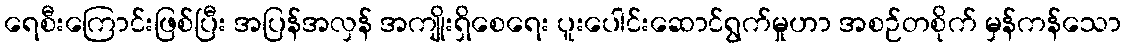
ရေစီးကြောင်းဖြစ်ပြီး အပြန်အလှန် အကျိုးရှိစေရေး ပူးပေါင်းဆောင်ရွက်မှုဟာ အစဉ်တစိုက် မှန်ကန်သော